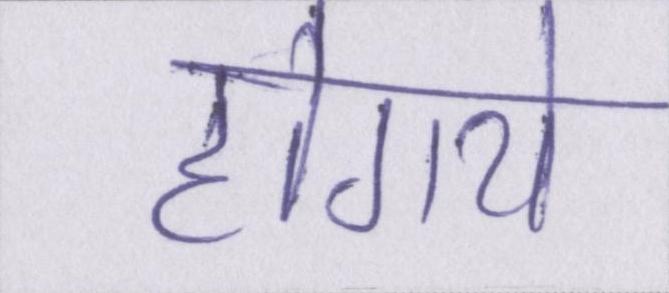
होगये